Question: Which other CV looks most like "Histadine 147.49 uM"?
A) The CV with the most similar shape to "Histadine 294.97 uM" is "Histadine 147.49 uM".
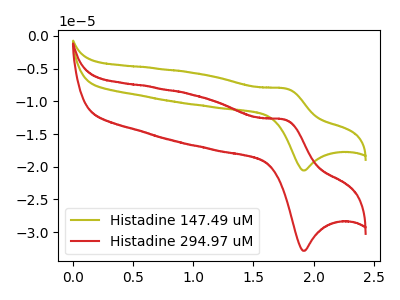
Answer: <think>The olive curve "Histadine 147.49 uM" has an anodic peak at (1.75V, -8.05uA) and a cathodic peak at (1.95V, -20.55uA). The red curve "Histadine 294.97 uM" has an anodic peak at (1.75V, -12.85uA) and a cathodic peak at (1.95V, -32.85uA).
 All the peaks in "Histadine 147.49 uM" have a peak in "Histadine 294.97 uM" at the same potential.</think>
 <answer>A) The CV with the most similar shape to "Histadine 294.97 uM" is "Histadine 147.49 uM".</answer>
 <eval>A</eval>